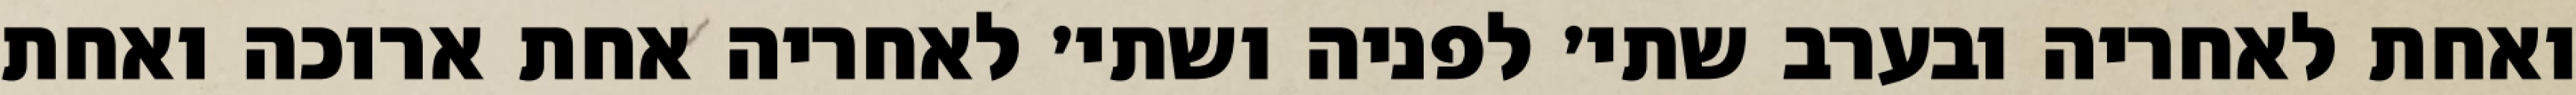
ואחת לאחריה ובערב שתי׳ לפניה ושתי׳ לאחריה אחת ארוכה ואחת